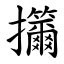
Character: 㩶